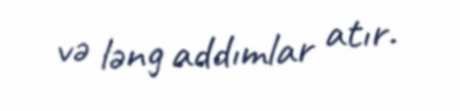
və ləng addımlar atır.